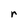
Character: r